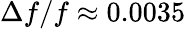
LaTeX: \Delta{f}/f\approx 0.0035